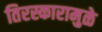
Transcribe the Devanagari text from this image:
तिरस्कारामुळे